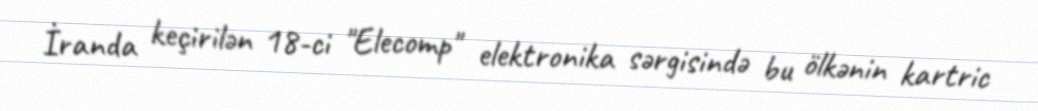
İranda keçirilən 18-ci "Elecomp" elektronika sərgisində bu ölkənin kartric